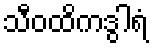
သီဝထိကဒွါရံ